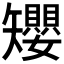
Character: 𥐑